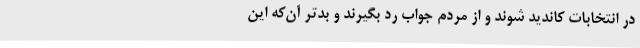
در انتخابات کاندید شوند و از مردم جواب رد بگیرند و بدتر آن‌که این